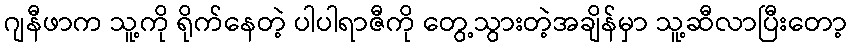
ဂျနီဖာက သူ့ကို ရိုက်နေတဲ့ ပါပါရာဇီကို တွေ့သွားတဲ့အချိန်မှာ သူ့ဆီလာပြီးတော့